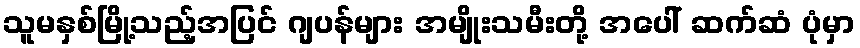
သူမနှစ်မြို့သည့်အပြင် ဂျပန်များ အမျိုးသမီးတို့ အပေါ် ဆက်ဆံ ပုံမှာ